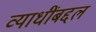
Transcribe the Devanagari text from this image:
व्याधींबद्दल